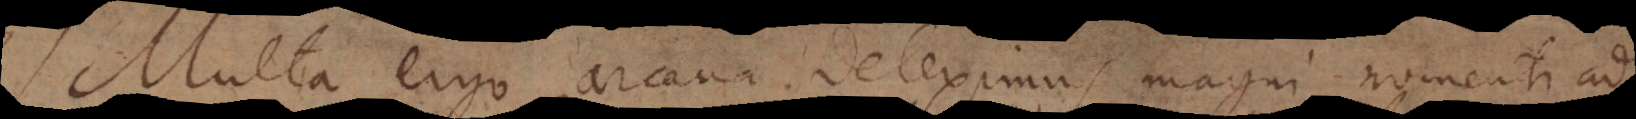
Multa ergo arcana deteximus magni momenti ad